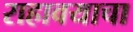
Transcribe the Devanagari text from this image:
राहावयाचा